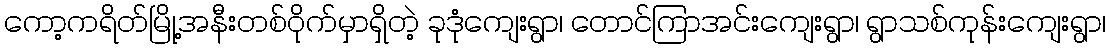
ကော့ကရိတ်မြို့အနီးတစ်ဝိုက်မှာရှိတဲ့ ခုဒုံကျေးရွာ၊ တောင်ကြာအင်းကျေးရွာ၊ ရွာသစ်ကုန်းကျေးရွာ၊